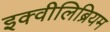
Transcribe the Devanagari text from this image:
इक्वीलिब्रियम